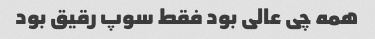
همه چی عالی بود فقط سوپ رقیق بود